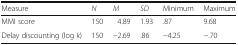
<table><thead><tr><td><b>Measure</b></td><td><b><i>N</i></b></td><td><b><i>M</i></b></td><td><b><i>SD</i></b></td><td><b>Minimum</b></td><td><b>Maximum</b></td></tr></thead><tbody><tr><td>MMI score</td><td>150</td><td>4.89</td><td>1.93</td><td>.87</td><td>9.68</td></tr><tr><td>Delay discounting (log <i>k</i>)</td><td>150</td><td>−2.69</td><td>.86</td><td>−4.25</td><td>−.70</td></tr></tbody></table>